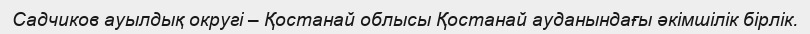
Садчиков ауылдық округі – Қостанай облысы Қостанай ауданындағы әкімшілік бірлік.